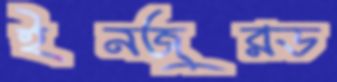
ইনজুরড